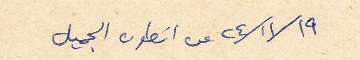
٢٩/ ١١/ ٢٤ من انطون الجميل